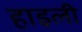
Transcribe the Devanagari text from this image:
हाइली